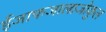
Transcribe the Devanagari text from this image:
ईजाफजालाजोकुल